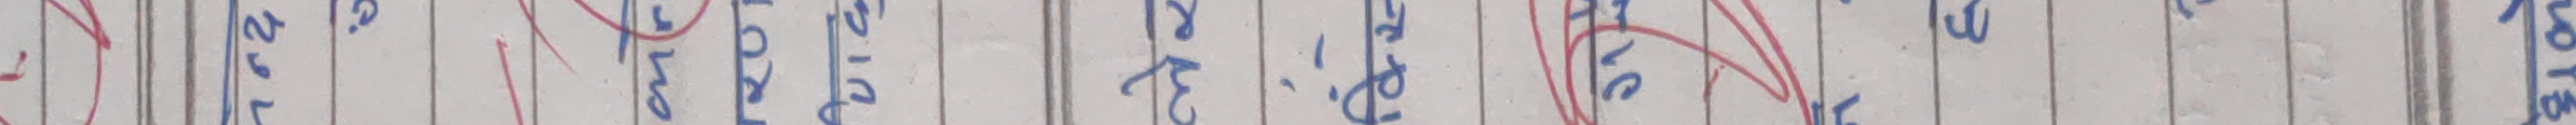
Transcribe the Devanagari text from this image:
कस्ले